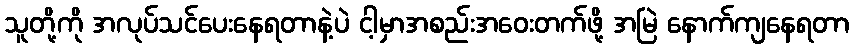
သူတို့ကို အလုပ်သင်ပေးနေရတာနဲ့ပဲ ငါ့မှာအစည်းအဝေးတက်ဖို့ အမြဲ နောက်ကျနေရတာ